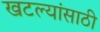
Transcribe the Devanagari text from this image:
खटल्यांसाठी